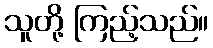
သူတို့ ကြည့်သည်။